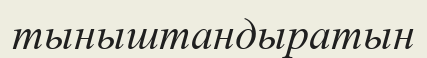
тыныштандыратын